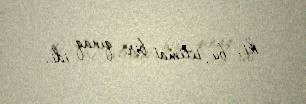
ki, bu, ictimai bir qınaq idi.